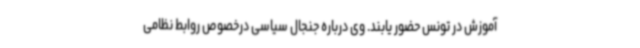
آموزش در تونس حضور یابند. وی درباره جنجال سیاسی درخصوص روابط نظامی